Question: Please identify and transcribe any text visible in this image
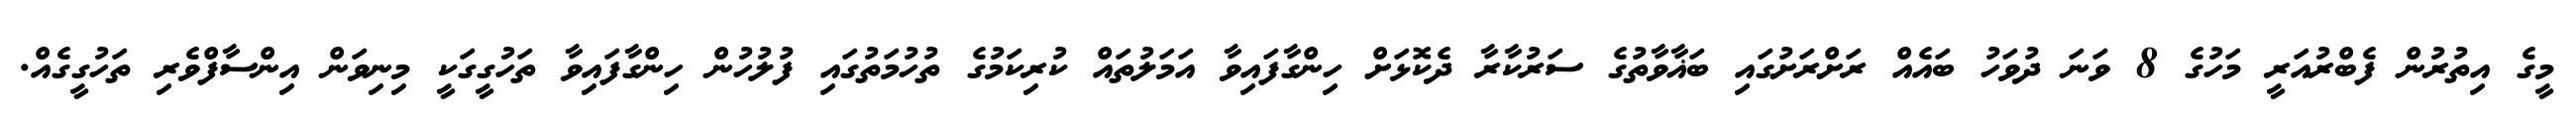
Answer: މީގެ އިތުރުން ފެބްރުއަރީ މަހުގެ 8 ވަނަ ދުވަހު ބައެއް ރަށްރަށުގައި ބަޣާވާތުގެ ސަރުކާރާ ދެކޮޅަށް ހިންގާފައިވާ އަމަލުތައް ކުރިކަމުގެ ތުހުމަތުގައި ފުލުހުން ހިންގާފައިވާ ތަހުގީގަކީ މިނިވަން އިންސާފްވެރި ތަހުގީގެއް.